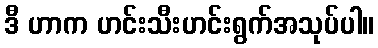
ဒီ ဟာက ဟင်းသီးဟင်းရွက်အသုပ်ပါ။